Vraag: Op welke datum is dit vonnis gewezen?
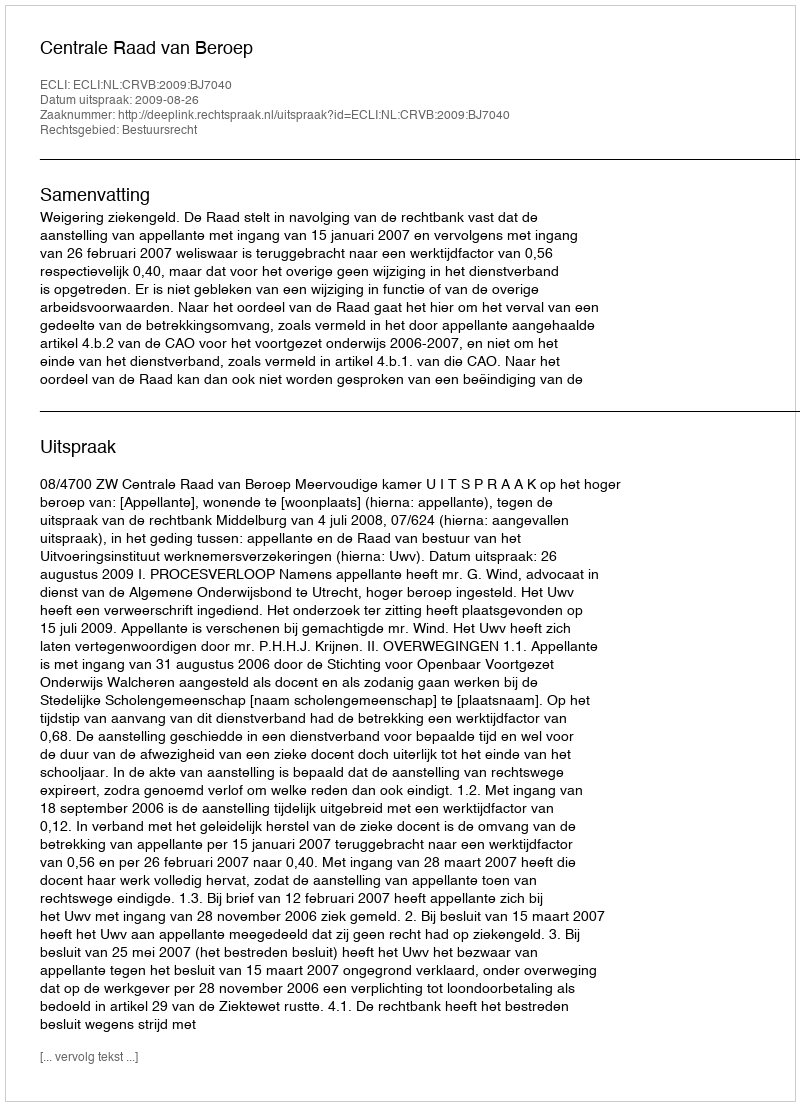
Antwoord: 2009-08-26